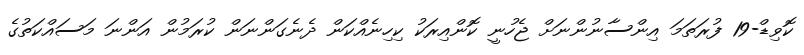
ކޮވިޑް-19 ފުރަތަމަ އިންސާނުންނަށް ޖެހުނީ ކޮންއިރަކު ކިހިނެއްކަން ދެނެގަންނަން ކުރަމުން އަންނަ މަސައްކަތުގެ